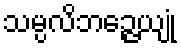
သမ္ပလိဘဉ္ဇေယျုံ